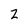
Character: 2